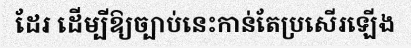
ដែរ ដើម្បីឱ្យច្បាប់នេះកាន់តែប្រសើរឡើង